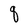
Character: q